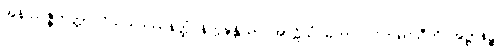
အနိဿဇ္ဇိတတ္တာ ဝိသယဒဿနတ္ထံ နိက္ကဍ္ဎန္တိယာ အာဠိယံ မဟာဝါလိကရာသီတိ အဋ္ဌာနဉ္စ